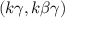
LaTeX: ( k \gamma , k \beta \gamma )